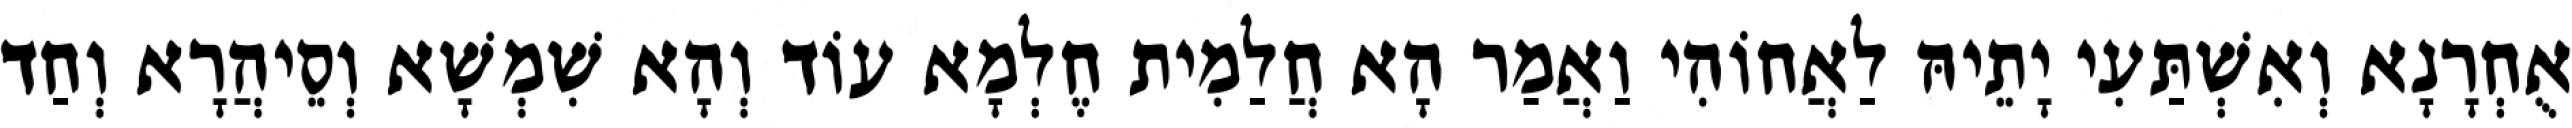
אֻחְרָנָא וְאִשְׁתַּעִי יָתֵיהּ לַאֲחוֹהִי וַאֲמַר הָא חֲלַמִית חֶלְמָא עוֹד וְהָא שִׁמְשָׁא וְסֵיהֲרָא וְחַד